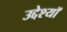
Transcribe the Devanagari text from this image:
उद्देश्यॉ